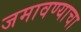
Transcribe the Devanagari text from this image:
जमावण्याचा